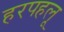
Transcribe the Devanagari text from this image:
हरपहलू